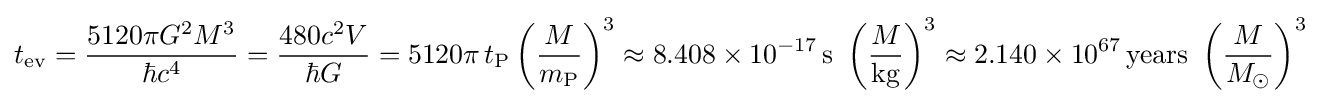
t_{\mathrm {ev} }={\frac {5120\pi G^{2}M^{3}}{\hbar c^{4}}}={\frac {480c^{2}V}{\hbar G}}=5120\pi \,t_{\text{P}}\left({\frac {M}{m_{\text{P}}}}\right)^{3}\approx 8.408\times 10^{-17}\,\mathrm {s} \ \left({M \over \mathrm {kg} }\right)^{3}\approx 2.140\times 10^{67}\,{\text{years}}\ \left({\frac {M}{M_{\odot }}}\right)^{3}